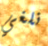
نلغي